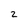
Character: 2